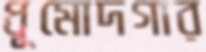
ধূমোদগার